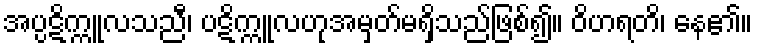
အပ္ပဋိက္ကူလသညီ၊ ပဋိက္ကူလဟုအမှတ်မရှိသည်ဖြစ်၍။ ဝိဟရတိ၊ နေ၏။